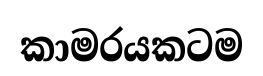
කාමරයකටම